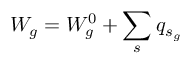
W _ { g } = W _ { g } ^ { 0 } + \sum _ { s } q _ { s _ { g } }